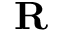
\mathbf { R }